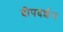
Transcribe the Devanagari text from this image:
दीपदर्शन